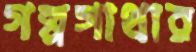
গল্পগাথার